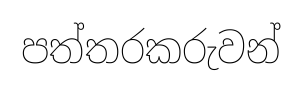
පත්තරකරුවන්